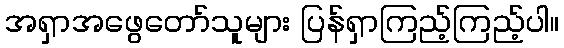
အရှာအဖွေတော်သူများ ပြန်ရှာကြည့်ကြည့်ပါ။